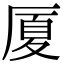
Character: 厦